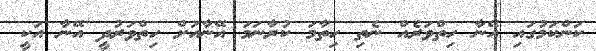
ކަންކަމުގައި އޭނާ ހިތްވަރެއް ނެތި ހިތާމަ ކުރާނަމަ އޭނާއަށް ހިތްވަރުދީ އޭނާ އަކީ